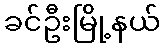
ခင်ဦးမြို့နယ်